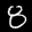
Label: 8